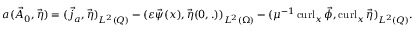
\begin{array} { r } { a ( \vec { A } _ { 0 } , \vec { \eta } ) = ( \vec { j } _ { a } , \vec { \eta } ) _ { L ^ { 2 } ( Q ) } - ( \varepsilon \vec { \psi } ( x ) , \vec { \eta } ( 0 , . ) ) _ { L ^ { 2 } ( \Omega ) } - ( \mu ^ { - 1 } \operatorname { c u r l } _ { x } \vec { \phi } , \operatorname { c u r l } _ { x } \vec { \eta } ) _ { L ^ { 2 } ( Q ) } . } \end{array}